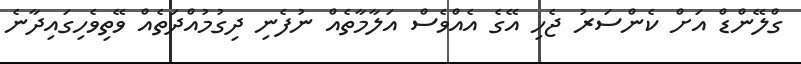
ގްލޭންޑް އަށް ކެންސަރު ޖެހި އޭގެ އެއްވެސް އަލާމާތެއް ނުފެނި ދިގުމުއްދަތެއް ވޭތިވެހިގައިދާނެ